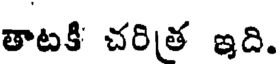
తాటకి చరిత ఇది.